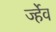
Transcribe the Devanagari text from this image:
र्ज्हेव